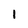
Character: 1